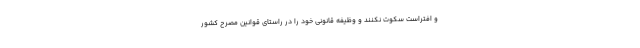
و افتراست سکوت نکنند و وظیفه قانونی خود را در راستای قوانین مصرح کشور